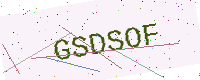
Text: GSDSOF